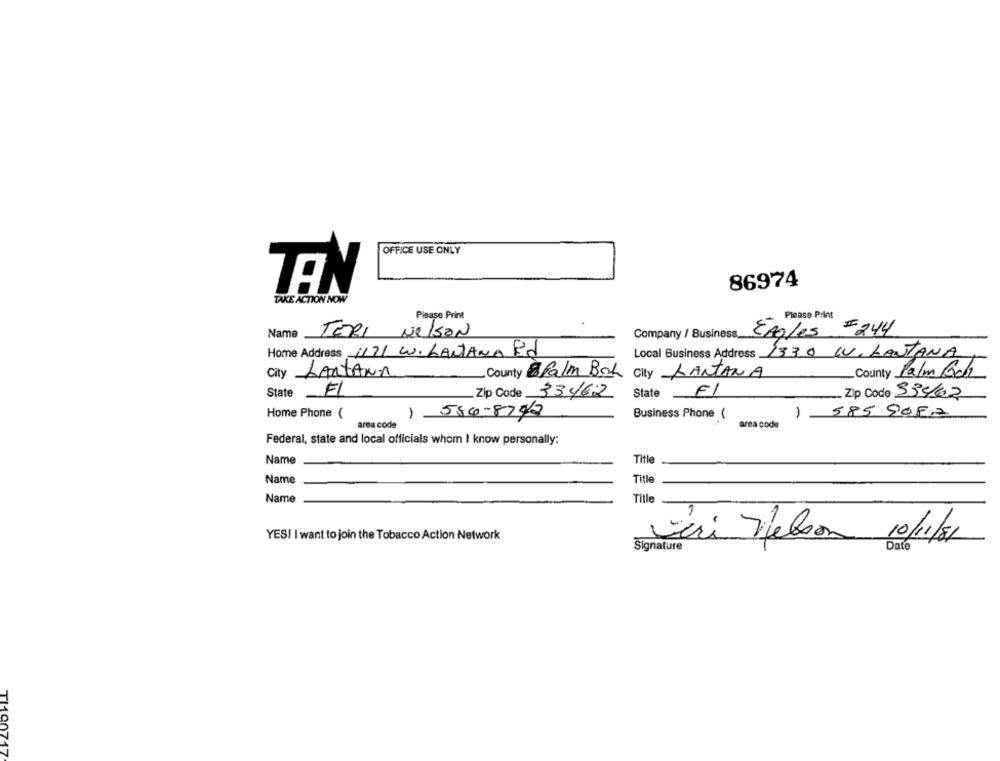
OFFICE USE ONLY
86974
TAN
TAKE ACTION NOW
Please Print
Please Print
Name
TERI
Nelson
Company / Business.
Eagles =244
Home Address 1171 W. LANTANA Rd
Local Business Address 1330 WV. LANTANA
City LANTANA
County Palm Bok City LANTANA
County Palm Bon
State
FL
Zip Code 33462
State
FI
-Zip Code 53462
Home Phone (
1 584-8742
Business Phone (
) 585 9082
area code
area code
Federal, state and local officials whom I know personally:
Name
Title
Name
Title
Name
Title
YES! I want to join the Tobacco Action Network
èri Nelson 10/1/81
Signature
717